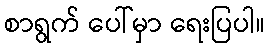
စာရွက် ပေါ်မှာ ရေးပြပါ။